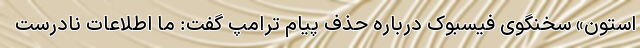
استون» سخنگوی فیسبوک درباره حذف پیام ترامپ گفت: ما اطلاعات نادرست